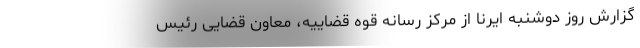
گزارش روز دوشنبه ایرنا از مرکز رسانه قوه قضاییه، معاون قضایی رئیس